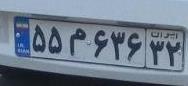
۵۵م۶۳۶۳۲